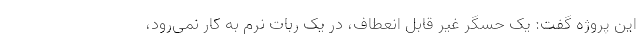
این پروژه گفت: یک حسگر غیر قابل انعطاف، در یک ربات نرم به کار نمی‌رود،